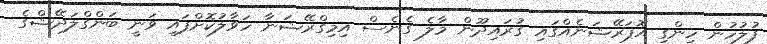
ފުލުހުން ހިންގި އޮޕަރޭޝަނެއްގައި ގުރައިދޫން މާލެ ގެނެސް އިމިގްރޭޝަނާ ހަވާލުކޮށްފައި ވަނީ ބަންގްލަދޭޝްގެ